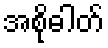
အစိုဓါတ်